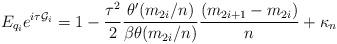
LaTeX: \begin{align*} E_{q_i} e^{i \tau \mathcal{G}_i} = 1 - \frac{\tau^2}{2} \frac{\theta'(m_{2i}/n)}{ \beta \theta(m_{2i}/n)} \frac{(m_{2i+1}- m_{2i})}{ n} + \kappa_n\end{align*}